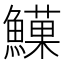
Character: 𩻧